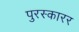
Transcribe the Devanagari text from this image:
पुरस्कारर